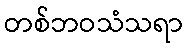
တစ်ဘဝသံသရာ